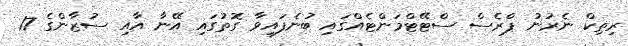
ރިތިކް ނެރުނު ޕްރެސް ސްޓޭޓްމަންޓެއްގައި ބުނެފައިވާ ގޮތުގައި އޭނާ އާއި ސުޒާންގެ 17